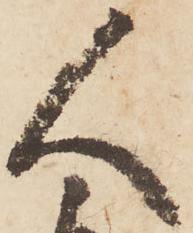
人